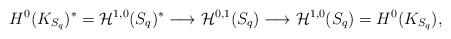
LaTeX: \begin{align*}H^0(K_{S_q})^* = \mathcal{H}^{1,0}(S_q)^* \longrightarrow \mathcal{H}^{0,1}(S_q) \longrightarrow \mathcal{H}^{1,0}(S_q)=H^0(K_{S_q}),\end{align*}